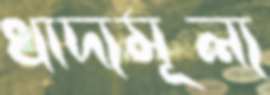
খাদ্যমূল্য